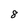
Character: 8